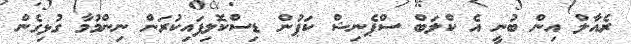
ރެއާލް އިން ބުނީ އެ ކްލަބް ސްޕެނިޝް ކަޕުން ޑިސްކޮލިފައިކުރަން ނިންމުމާ ގުޅިގެން